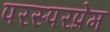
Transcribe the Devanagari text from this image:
परस्परप्रेम